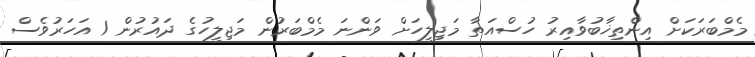
މެމްބަރަކަށް އިންތިޚާބުވާއިރު ހުސްއަތާ މަޖިލީހަށް ވަންނަ މެމްބަރުން މަޖިލީހުގެ ދައުރުން 1 އަހަރުވެސް